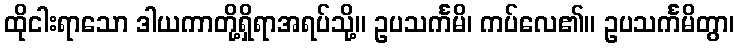
ထိုငါးရာသော ဒါယကာတို့ရှိရာအရပ်သို့။ ဥပသင်္ကမိ၊ ကပ်လေ၏။ ဥပသင်္ကမိတွာ၊